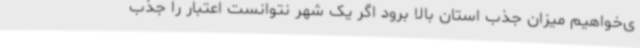
ی‌خواهیم میزان جذب استان بالا برود اگر یک شهر نتوانست اعتبار را جذب